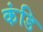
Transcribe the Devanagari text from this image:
कंडि